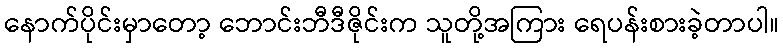
နောက်ပိုင်းမှာတော့ ဘောင်းဘီဒီဇိုင်းက သူတို့အကြား ရေပန်းစားခဲ့တာပါ။